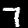
Label: 7